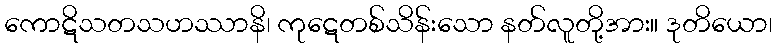
ကောဋိသတသဟဿာနိ၊ ကုဋေတစ်သိန်းသော နတ်လူတို့အား။ ဒုတိယော၊